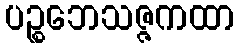
ပဉ္စဘေသဇ္ဇကထာ